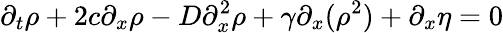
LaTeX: \partial_{t}\rho+2c\partial_{x}\rho-D\partial_{x}^{2}\rho+\gamma\partial_{x}(\rho^{2})+\partial_{x}\eta=0